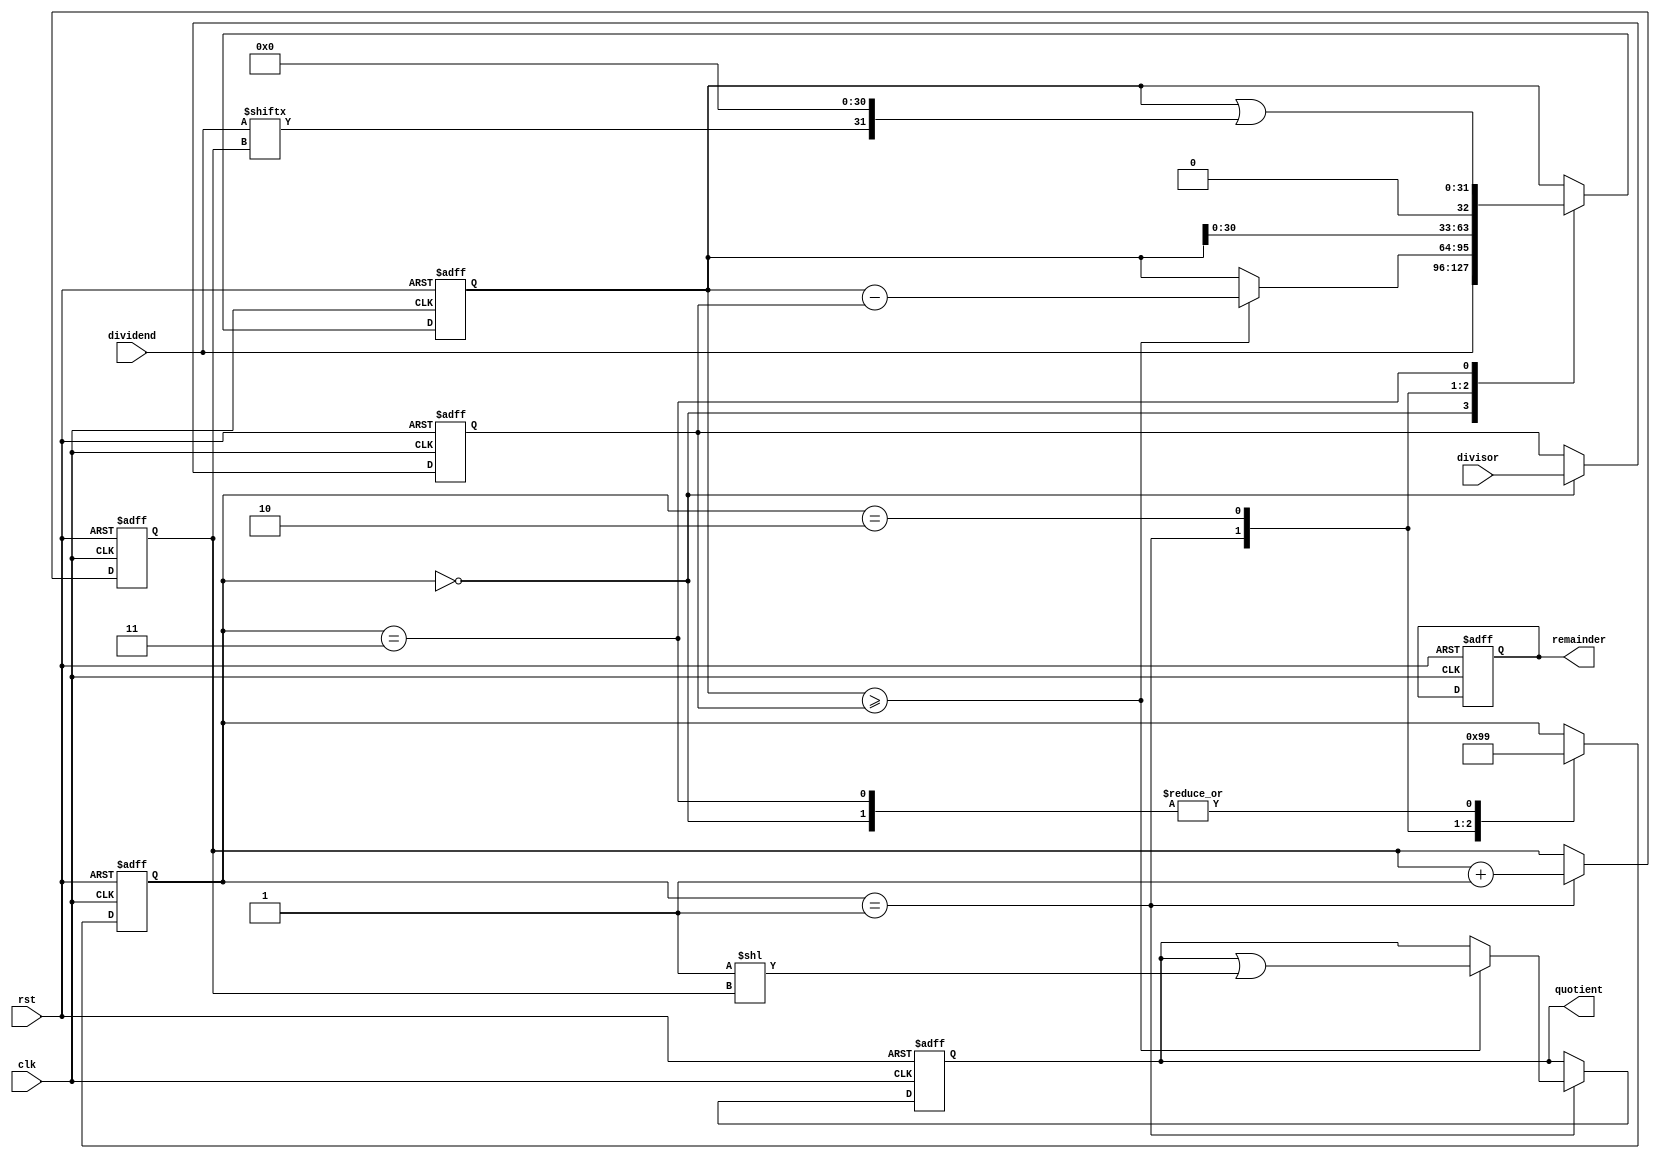
module radix_2_srt_divider (
    input wire clk,
    input wire rst,
    input wire [31:0] dividend,
    input wire [31:0] divisor,
    output reg [31:0] quotient,
    output reg [31:0] remainder
);

reg [31:0] count;
reg [31:0] numerator;
reg [31:0] denominator;
reg [2:0] state;

always @(posedge clk or posedge rst) begin
    if (rst) begin
        count <= 0;
        numerator <= 0;
        denominator <= 0;
        quotient <= 0;
        remainder <= 0;
        state <= 0;
    end
    else begin
        case(state)
            0: begin
                numerator <= dividend;
                denominator <= divisor;
                state <= 1;
            end
            1: begin
                if (numerator >= denominator) begin
                    numerator <= numerator - denominator;
                    quotient <= quotient | (1 << count);
                end
                count <= count + 1;
                state <= 2;
            end
            2: begin
                numerator <= numerator << 1;
                state <= 3;
            end
            3: begin
                numerator <= numerator | (dividend[count] << 31);
                state <= 1;
            end
        endcase
    end
end

endmodule